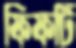
ফিফটি